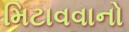
મિટાવવાનો